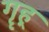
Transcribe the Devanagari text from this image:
गॄह्